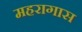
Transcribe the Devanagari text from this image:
महरागास